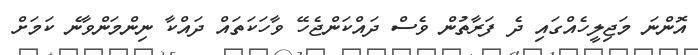
އޮންނަ މަޖިލީހެއްގައި ދެ ފަރާތުން ވެސް ދައްކަންޖެހޭ ވާހަކަތައް ދައްކާ ނިންމަންވާނެ ކަމަށް